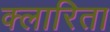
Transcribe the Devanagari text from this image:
क्लारिता